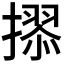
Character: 𭢢